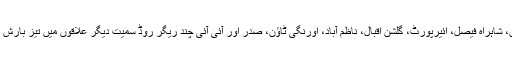
کراچی کے علاقوں ڈیفنس، کلفٹن، شاہراہ فیصل، ائیرپورٹ، گلشن اقبال، ناظم آباد، اورنگی ٹاؤن، صدر اور آئی آئی چند ریگر روڈ سمیت دیگر علاقوں میں تیز بارش ہوئی لیکن دورانیہ نہایت کم رہا۔